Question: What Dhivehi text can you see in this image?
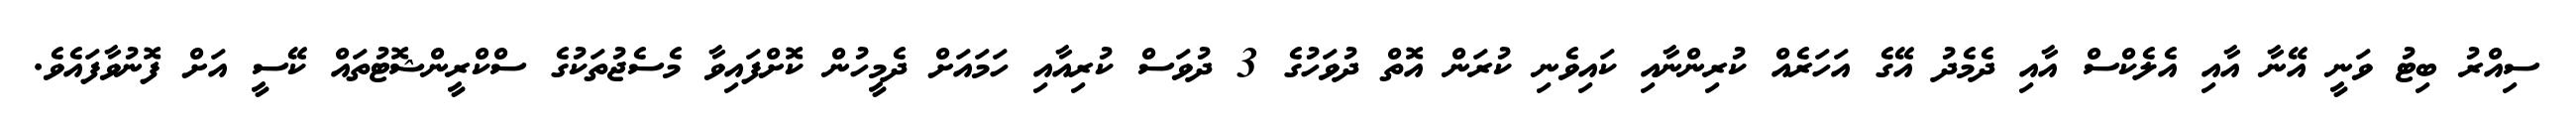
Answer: ސިއްރު ބިޓު ވަނީ އޭނާ އާއި އެލެކްސް އާއި ދެމެދު އޭގެ އަހަރެއް ކުރިންނާއި ކައިވެނި ކުރަން އޮތް ދުވަހުގެ 3 ދުވަސް ކުރިއާއި ހަމައަށް ދެމީހުން ކޮށްފައިވާ މެސެޖުތަކުގެ ސްކްރީންޝޮޓުތައް ކޭސީ އަށް ފޮނުވާފައެވެ.